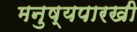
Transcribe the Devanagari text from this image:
मनुष्यपारखी